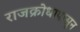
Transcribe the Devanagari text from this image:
राजक्रोधापासून